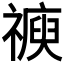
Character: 𥛩